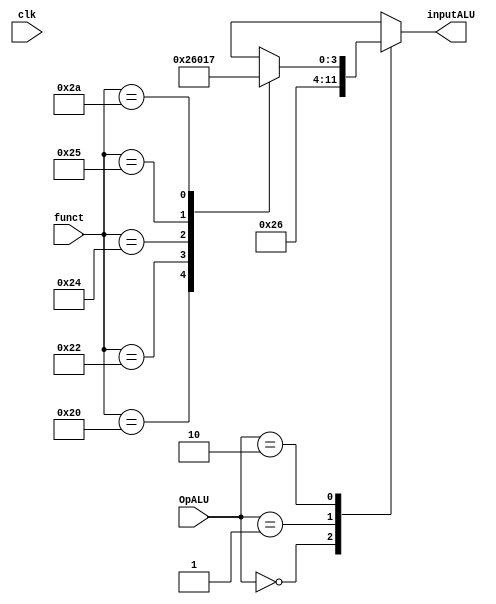
module ULAControl(input            clk,
			      input      [0:1] OpALU,
				  input      [0:5] funct,
				  output reg [0:3] inputALU);
		always @(clk) begin
			case(OpALU)
				2'b00://Lw ou SW
					inputALU <= 4'b0010;
				2'b01://Beq
					inputALU <= 4'b0110;
				2'b10://Tipo R
					begin
						case(funct)
							6'b100000: //Operao "Add"
								inputALU <= 4'b0010;
							6'b100010: //Operao "Sub"
								inputALU <= 4'b0110;
							6'b100100: //Operao "And"
								inputALU <= 4'b0000;
							6'b100101: //Operao "Or"
								inputALU <= 4'b0001;
							6'b101010: //Operao "Slt"
								inputALU <= 4'b0111;
							default://Se a entrada no bater com nada nenhuma operao ser realizada
								inputALU <= 4'bxxxx;
						endcase
					end
				default:
					inputALU <= 4'bxxxx;
			endcase 
		end
endmodule